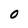
Character: O